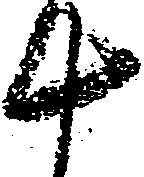
十